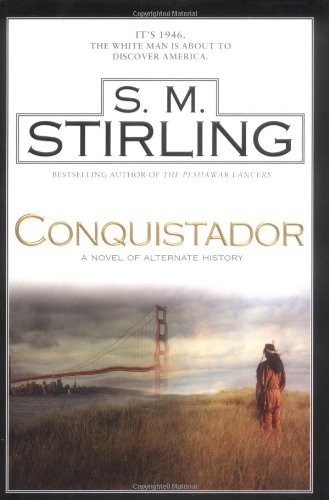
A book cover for Conquistador; S. M. Stirling; Science Fiction & Fantasy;